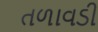
તળાવડી